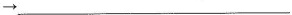
\rightarrow___